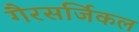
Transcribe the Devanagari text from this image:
गैरसर्जिकल